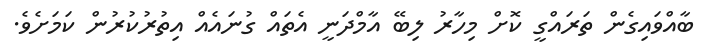
ބާއްވައިގެން ތަރައްގީ ކޮށް މިހާރު ލިބޭ އާމްދަނީ އެތައް ގުނައެއް އިތުރުކުރުން ކަމަށެވެ.